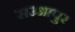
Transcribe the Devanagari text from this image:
सउआपुर